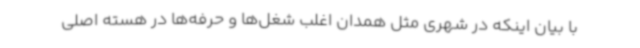
با بیان اینکه در شهری مثل همدان اغلب شغل‌ها و حرفه‌ها در هسته اصلی